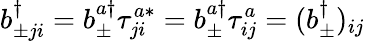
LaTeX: b_{\pm ji}^{\dagger}=b_{\pm}^{a\dagger}\tau_{ji}^{a*}=b_{\pm}^{a\dagger}\tau_{ij}^{a}=(b_{\pm}^{\dagger})_{ij}